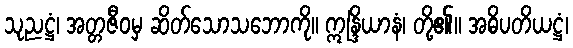
သုညဋ္ဌံ၊ အတ္တဇီဝမှ ဆိတ်သောသဘောကို။ ဣန္ဒြိယာနံ၊ တို့၏။ အဓိပတိယဋ္ဌံ၊